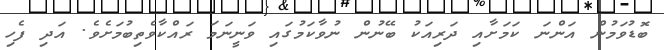
ބޮޑުވަމުން އަންނަ ކަމަށާއި ދަރިއަކު ބޭނުން ނުވާކަމުގައި ވަނީނަމަ ރައްކާވެތިބުމަށެވެ. އަދި ފެހި